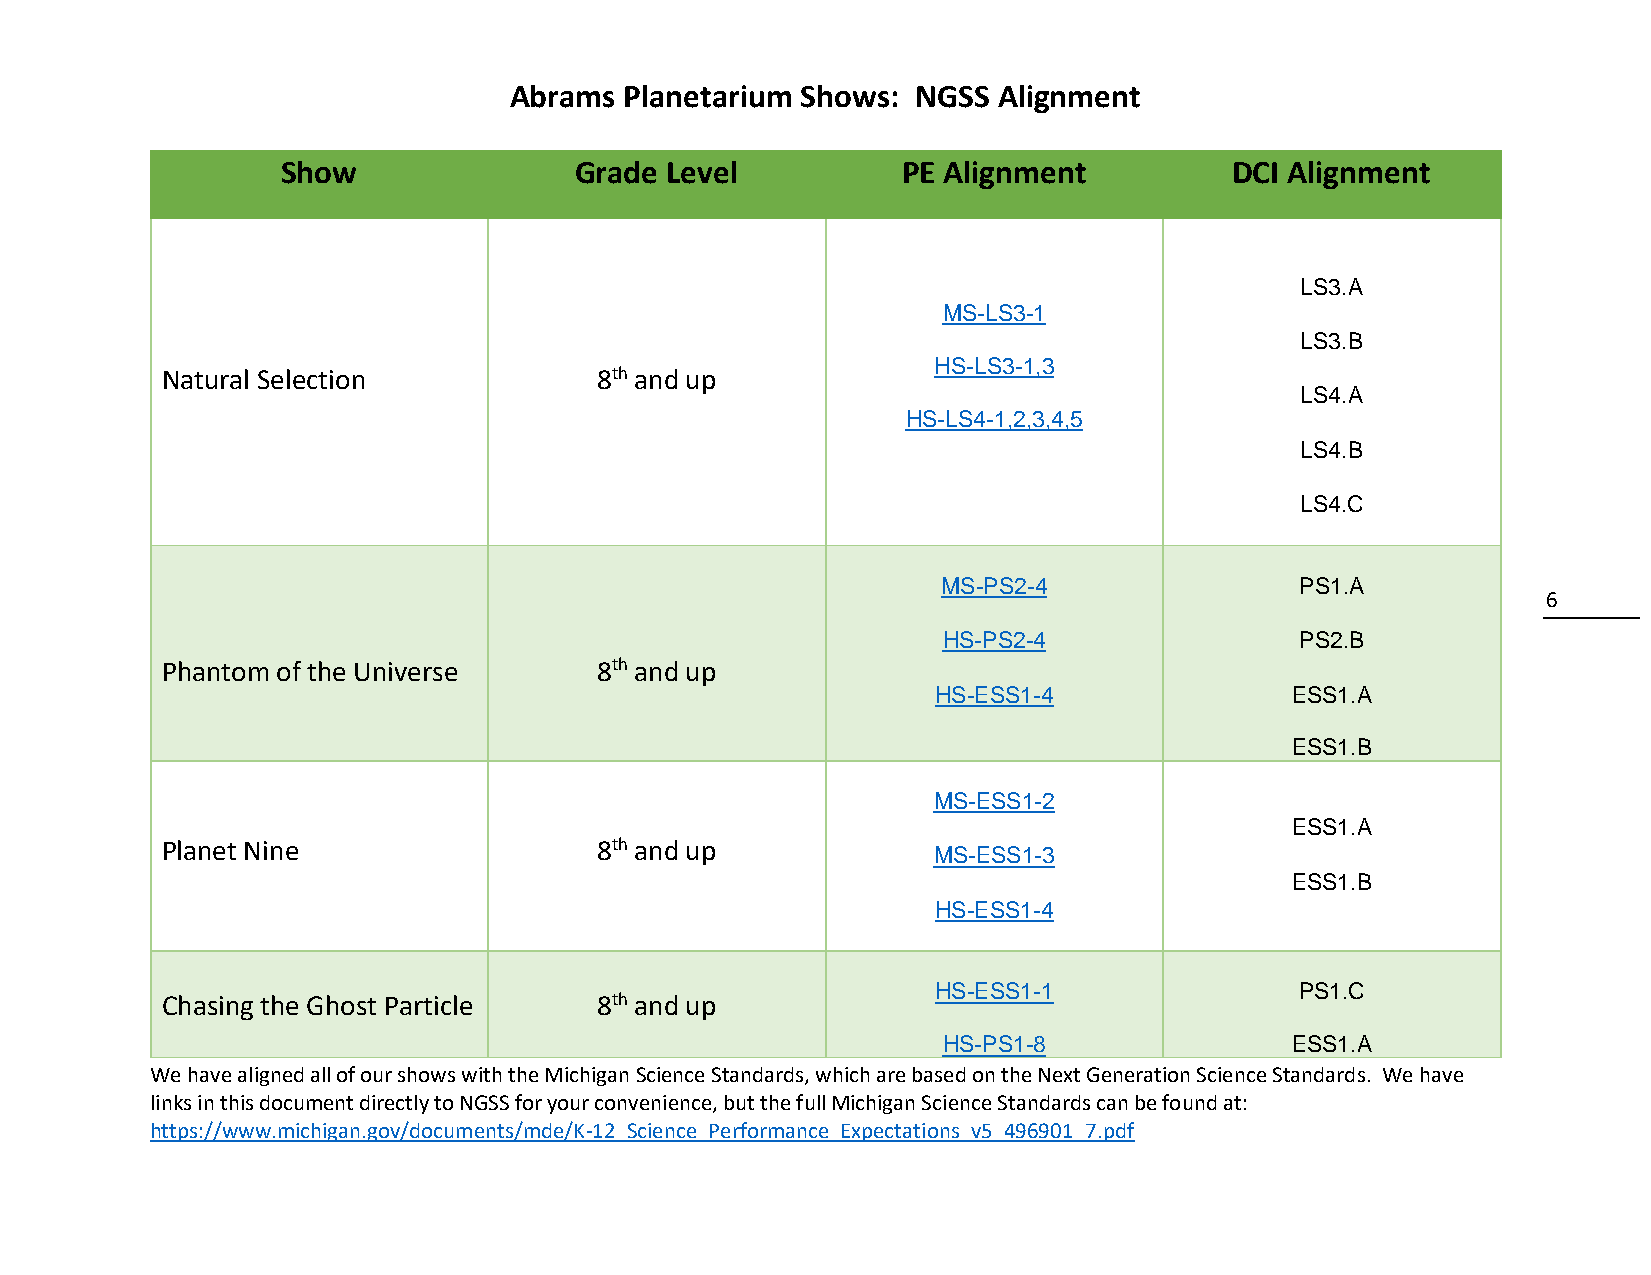
Abrams Planetarium Shows:  NGSS Alignment
 Show               Grade Level           PE Alignment          DCI Alignment
 LS3.A
 MS-LS3-1
 LS3.B
 Natural Selection           8th and up
 HS-LS3-1,3
 LS4.A
 HS-LS4-1,2,3,4,5
 LS4.B
 LS4.C
 MS-PS2-4                PS1.A
 6
 HS-PS2-4                PS2.B
 Phantom of the Universe     8th and up
 HS-ESS1-4              ESS1.A
 ESS1.B
 MS-ESS1-2
 ESS1.A
 Planet Nine                 8th and up
 MS-ESS1-3
 ESS1.B
 HS-ESS1-4
 HS-ESS1-1               PS1.C
 Chasing the Ghost Particle  8th and up
 HS-PS1-8               ESS1.A
 We have aligned all of our shows with the Michigan Science Standards, which are based on the Next Generation Science Standards. We have
 links in this document directly to NGSS for your convenience, but the full Michigan Science Standards can be found at:
 https://www.michigan.gov/documents/mde/K-12_Science_Performance_Expectations_v5_496901_7.pdf